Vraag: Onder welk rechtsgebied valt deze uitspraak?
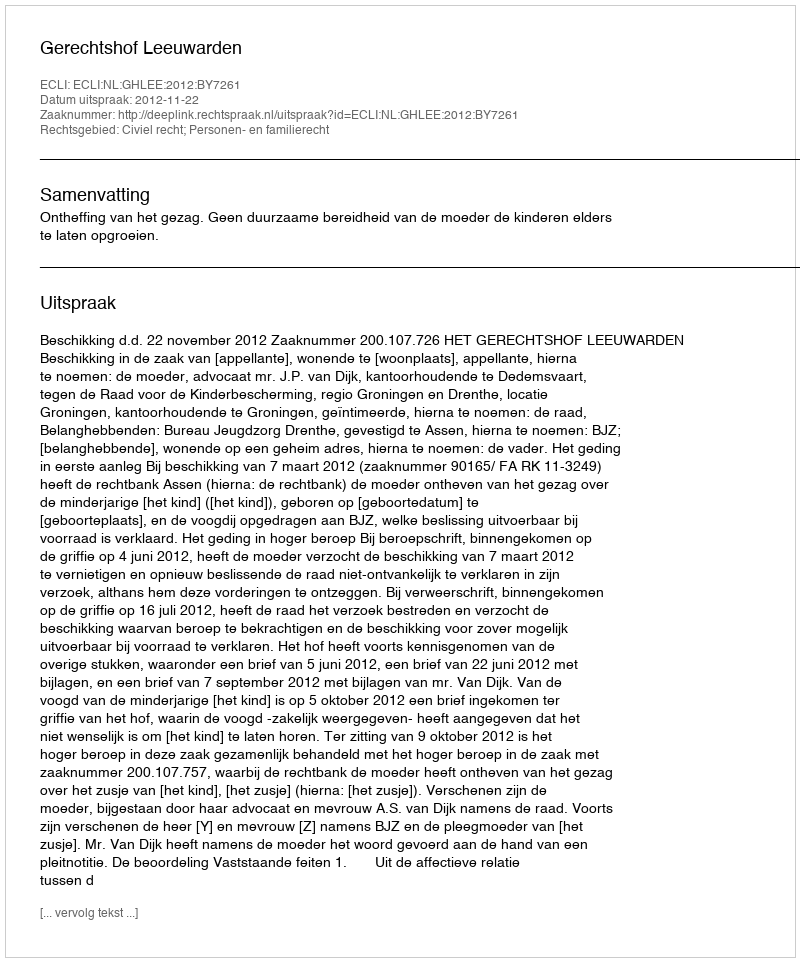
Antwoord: Civiel recht; Personen- en familierecht